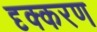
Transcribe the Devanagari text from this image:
दृक्करण